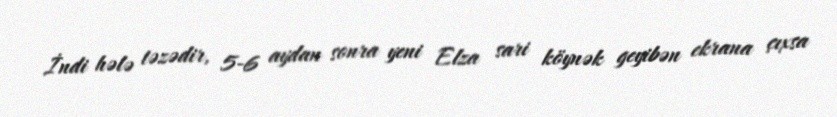
İndi hələ təzədir, 5-6 aydan sonra yeni Elza sari köynək geyibən ekrana çıxsa